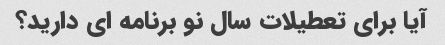
آیا برای تعطیلات سال نو برنامه ای دارید؟